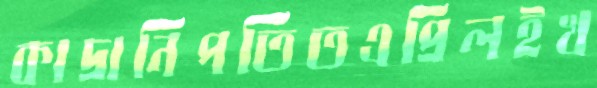
কাদ্রানিপতিতএপ্রিলইখ